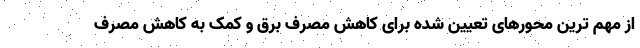
از مهم ترین محورهای تعیین شده برای کاهش مصرف برق و کمک به کاهش مصرف